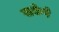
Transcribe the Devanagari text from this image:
सकेगे